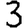
Digit: 3